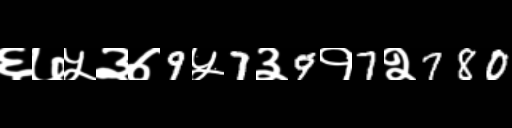
Text: ६७५३७9५7३9१7२780